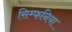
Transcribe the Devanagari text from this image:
सिम्फनिया